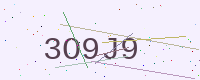
Text: 3O9J9